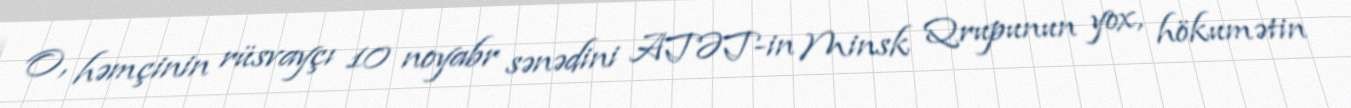
O, həmçinin rüsvayçı 10 noyabr sənədini ATƏT-in Minsk Qrupunun yox, hökumətin